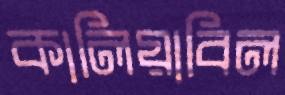
কালিয়াবিল